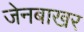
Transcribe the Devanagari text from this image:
जेनबाखर